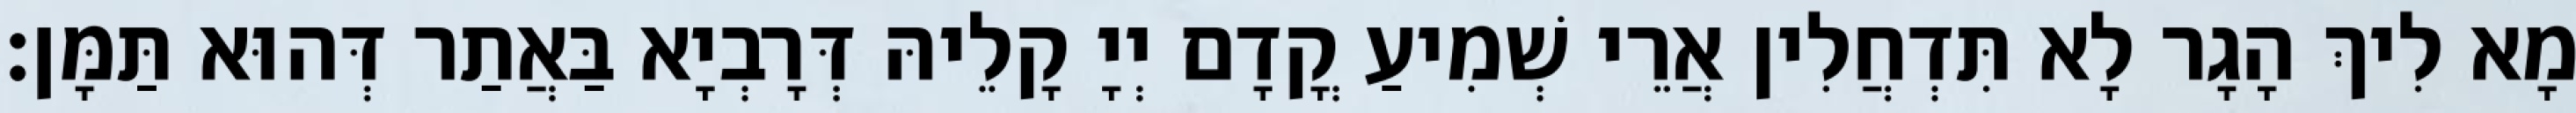
מָא לִיךְ הָגָר לָא תִּדְחֲלִין אֲרֵי שְׁמִיעַ קֳדָם יְיָ קָלֵיהּ דְּרָבְיָא בַּאֲתַר דְּהוּא תַּמָּן׃